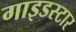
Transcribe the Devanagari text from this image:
गाइडस्टार